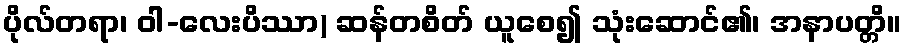
ပိုလ်တရာ၊ ဝါ-လေးပိဿာ) ဆန်တစိတ် ယူစေ၍ သုံးဆောင်၏၊ အနာပတ္တိ။